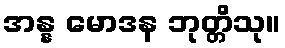
အန္န မောဒန ဘုတ္တိသု။